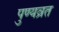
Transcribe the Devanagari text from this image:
पुण्यव्रत